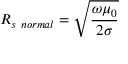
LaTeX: R _ { s \ n o r m a l } = { \sqrt { \frac { \omega \mu _ { 0 } } { 2 \sigma } } }